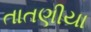
તાતણીયા